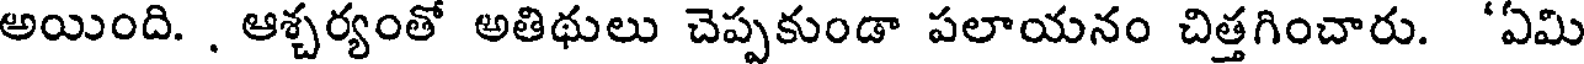
అయింది. . ఆశ్చర్యంతో అతిథులు చెప్పకుండా పలాయనం చిత్తగించారు. 'ఏమి